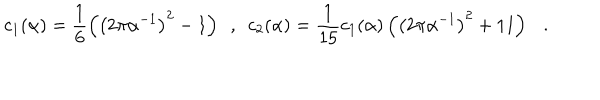
c _ { 1 } ( \alpha ) = \frac 1 6 \left( \left( 2 \pi \alpha ^ { - 1 } \right) ^ { 2 } - 1 \right) ~ ~ , ~ ~ c _ { 2 } ( \alpha ) = { \frac { 1 } { 1 5 } } c _ { 1 } ( \alpha ) \left( \left( 2 \pi \alpha ^ { - 1 } \right) ^ { 2 } + 1 1 \right) .